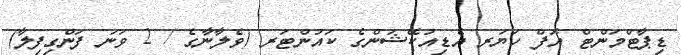
ޑިޕާޓްމަންޓް އޮފް ހަޔަރ އެޑިއުކޭޝަންގެ ކައުންޓަރ (ވެލާނާގެ / 2 ވަނަ ފަންގިފިލާ)